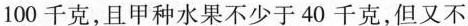
100千克，且甲种水果不少于40千克，但又不